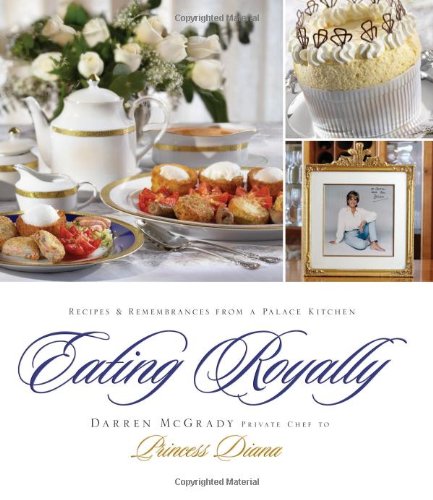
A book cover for Eating Royally: Recipes and Remembrances from a Palace Kitchen; Darren McGrady; Cookbooks, Food & Wine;